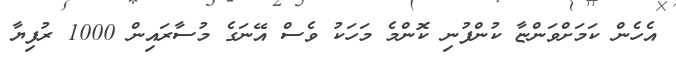
އެހެން ކަމަށްވަންޏާ ކުންފުނި ކޮންމެ މަހަކު ވެސް އޭނަގެ މުސާރައިން 1000 ރުފިޔާ